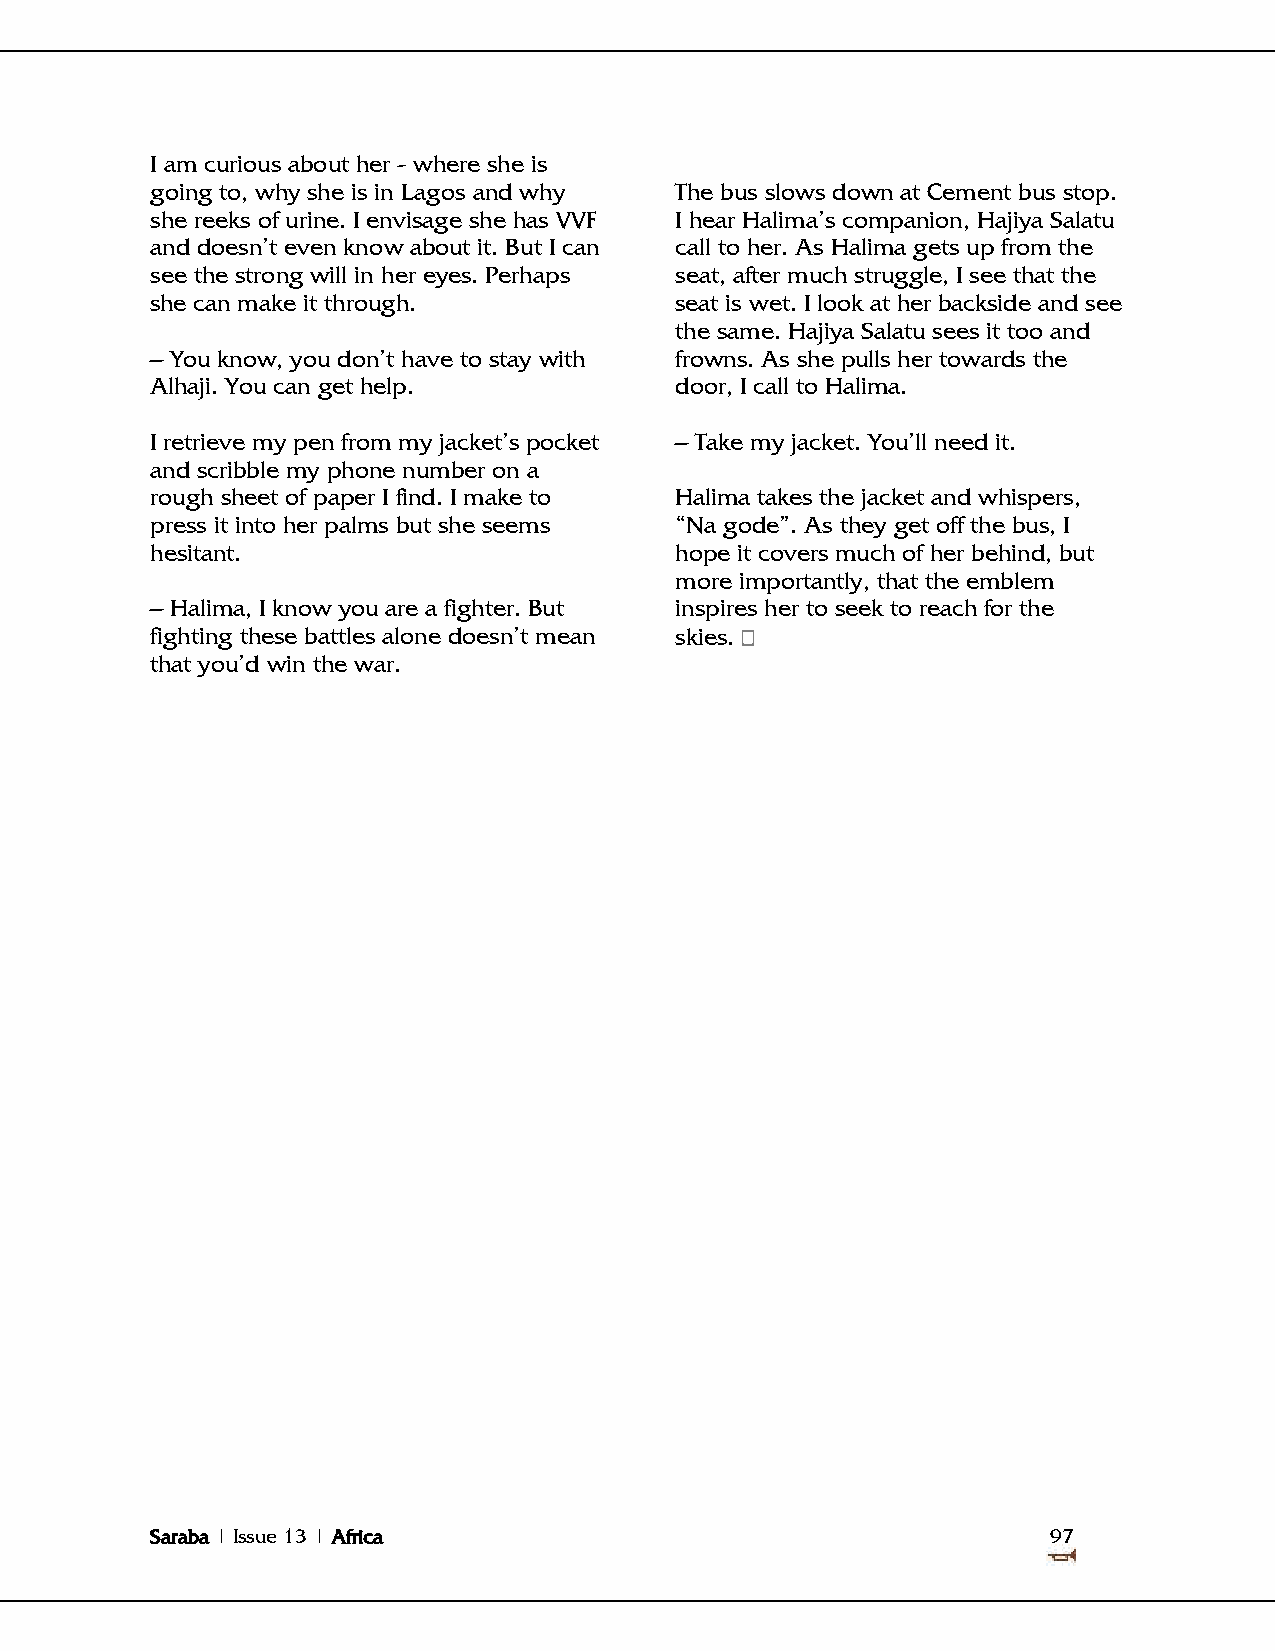
I am curious about her - where she is
 going to, why she is in Lagos and why The bus slows down at Cement bus stop.
 she reeks of urine. I envisage she has VVF I hear Halima's companion, Hajiya Salatu
 and doesn't even know about it. But I can call to her. As Halima gets up from the
 see the strong will in her eyes. Perhaps seat, after much struggle, I see that the
 she can make it through.           seat is wet. I look at her backside and see
 the same. Hajiya Salatu sees it too and
 – You know, you don't have to stay with frowns. As she pulls her towards the
 Alhaji. You can get help.          door, I call to Halima.
 I retrieve my pen from my jacket's pocket – Take my jacket. You'll need it.
 and scribble my phone number on a
 rough sheet of paper I find. I make to Halima takes the jacket and whispers,
 press it into her palms but she seems ―Na gode‖. As they get off the bus, I
 hesitant.                          hope it covers much of her behind, but
 more importantly, that the emblem
 – Halima, I know you are a fighter. But inspires her to seek to reach for the
 fighting these battles alone doesn't mean skies.
 that you'd win the war.
 Saraba | Issue 13 | Africa                                  97